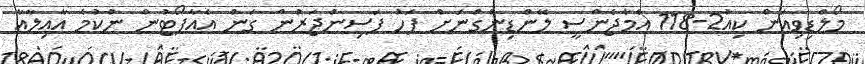
މޯލްޑިވިއަން ކިއު2-118 އެމާޖެންސީ ލޭންޑިންގްނަށް ފަހު ފަސިންޖަރުން ގަން އެއާޕޯޓުން ނުކުމެ އާއިލާއާ